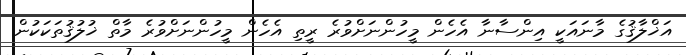
އަޚްލާޤުގެ މާނައަކީ އިންސާނާ އެހެން މީހުންނަށްވުރެ ރީތި އެހެން މީހުންނަށްވުރެ މާތް ޚުލުޤުތަކަކުން